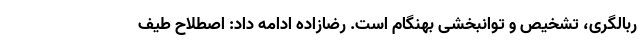
ربالگری، تشخیص و توانبخشی بهنگام است. رضازاده ادامه داد: اصطلاح طیف